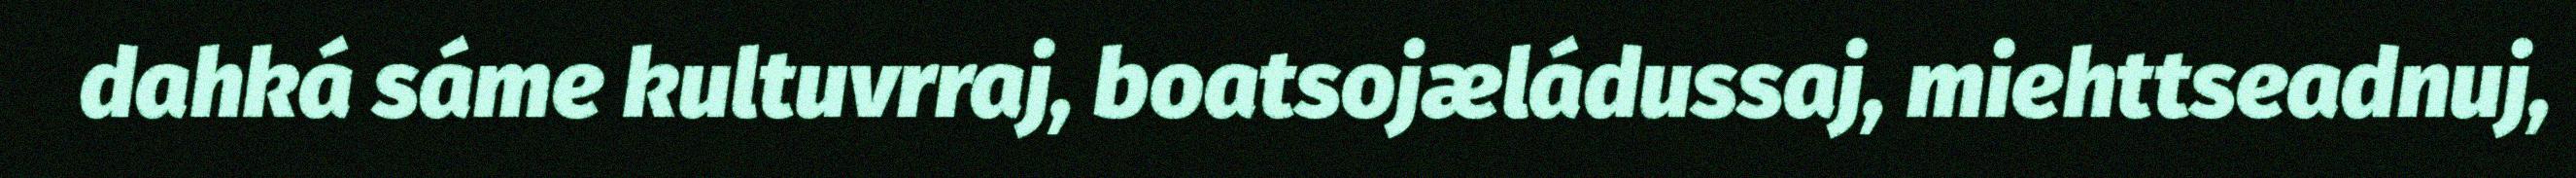
dahká sáme kultuvrraj, boatsojæládussaj, miehttseadnuj,